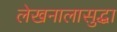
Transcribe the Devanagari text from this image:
लेखनालासुद्धा